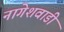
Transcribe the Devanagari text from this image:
नागेशवाडी